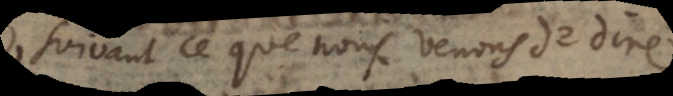
suivant ce que nous venons de dire.